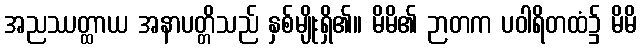
အညဿတ္ထာယ အနာပတ္တိသည် နှစ်မျိုးရှိ၏။ မိမိ၏ ဉာတက ပဝါရိတထံ၌ မိမိ